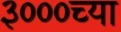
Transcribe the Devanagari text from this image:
३०००च्या